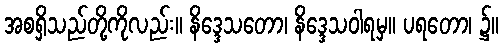
အစရှိသည်တို့ကိုလည်း။ နိဒ္ဒေသတော၊ နိဒ္ဒေသဝါရမှ။ ပရတော၊ ၌။